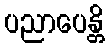
ပညာပေန္တိ